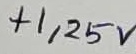
Text: +1,25V